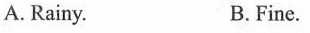
A. Rainy. B. Fine.